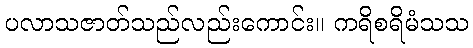
ပလာသဇာတ်သည်လည်းကောင်း။ ကရိစရိမံသသ